Lunatic asylums Bombay report 1878-1890 - 1878-1890
Year: 1878
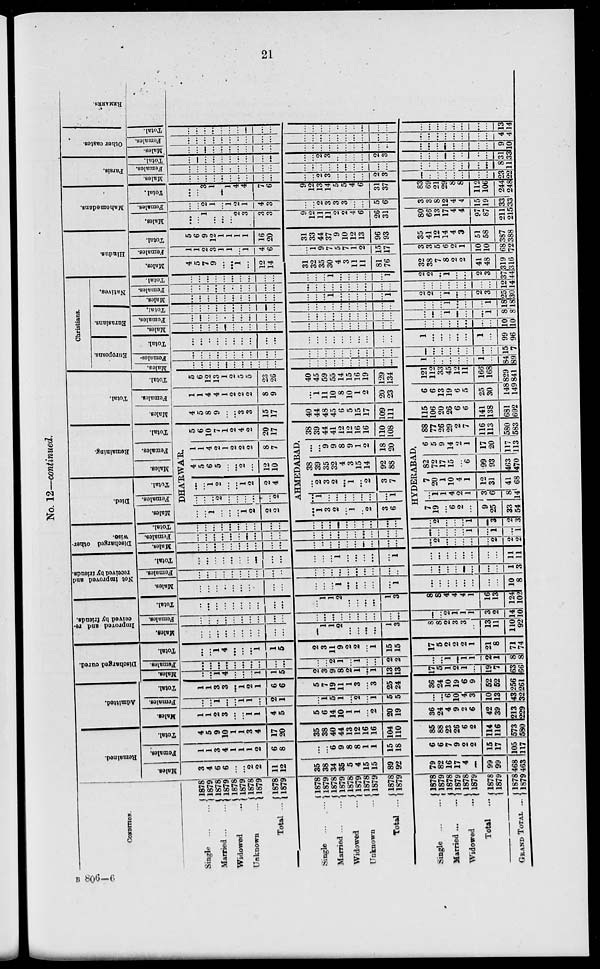
21
No. 12—continued.
CONDITION.
Single
...
...
Married
...
...
Widowed ...
Unknown ...
Total ..
Single ... ...
Married
...
...
Widowed ...
Unknown ...
Total ...
Single
...
...
Married ... ...
Widowed ...
Total ...
GRAND TOTAL ...
1878
1879
1878
1879
1878
1879
1878
1879
1878
1879
1878
1879
1878
1879
1878
1879
1878
1879
1878
1879
1878
1879
1878
1879
1878
1879
1878
1879
1878
1879
Remained.
Males.
3
4
6
6
...
...
2
2
11
12
35
38
34
35
5
4
15
15
89
92
79
82
16
17
4
...
99
99
468
463
Females.
1
1
3
4
1
1
1
2
6
8
...
...
6
9
8
8
1
1
15
18
6
6
7
9
2
2
15
17
105
117
Total.
4
5
9
10
1
1
3
4
17
20
35
38
40
44
13
12
16
16
104
110
85
88
23
26
6
2
114
116
573
580
Admitted.
Males.
1
1
2
3
...
...
1
1
4
5
5
6
14
10
1
1
...
2
20
19
36
24
4
9
2
6
42
39
213
229
Females.
...
...
1
...
...
1
1
...
2
1
...
1
5
1
...
2
...
1
5
5
...
...
6
10
4
3
10
13
43
32
Total.
1
1
3
3
...
1
2
1
6
6
5
7
19
11
1
3
...
3
25
24
36
24
10
19
6
9
52
52
256
261
Discharged cured.
Males.
...
...
1
4
...
...
...
1
1
5
2
3
9
8
2
1
...
1
13
13
17
5
1
2
1
...
19
7
63
66
Females.
...
...
...
...
...
...
...
...
...
...
...
...
2
1
...
1
...
...
2
2
...
...
1
...
1
1
2
1
8
8
Total.
...
...
1
4
...
...
...
1
1
5
2
3
11
9
2
2
...
1
15
15
17
5
2
2
2
1
21
8
71
74
Improved and re-
ceived by friends.
Males.
...
...
...
...
...
...
...
...
...
...
...
1
1
2
...
...
...
...
1
3
8
8
2
3
3
...
13
11
110
92
Females.
...
...
...
...
...
...
...
...
...
...
...
...
...
...
...
...
...
...
...
...
...
...
2
1
1
1
3
2
14
10
Total.
...
...
...
...
...
...
...
...
...
...
...
1
1
2
...
...
...
...
1
3
8
8
4
4
4
1
16
13
124
102
Not Improved and
received by friends
Males.
...
...
...
..
...
...
...
...
...
...
...
...
...
1
...
...
...
...
...
1
...
...
...
...
...
...
...
...
10
8
Females.
...
...
...
...
...
...
...
...
...
...
...
...
...
...
...
...
...
...
...
...
...
...
...
...
...
...
...
...
1
3
Total.
...
...
...
...
...
...
...
...
...
...
...
...
...
1
...
...
...
...
...
1
...
...
...
...
...
...
...
...
11
11
Discharged other-
wise.
Males.
...
...
...
...
...
...
...
...
...
...
...
...
...
...
...
...
...
...
...
...
...
2
...
...
...
...
...
2
2
2
Females.
...
...
...
...
...
...
...
...
...
...
...
...
...
...
...
...
...
...
...
...
...
...
...
...
...
1
...
1
...
1
Total.
...
...
...
...
...
...
...
...
...
...
...
...
...
...
...
...
...
...
...
...
...
2
...
...
...
1
...
3
2
3
Died.
Males.
...
...
1
...
...
...
1
2
2
2
Females.
Total.
Remaining.
Males.
Females.
DHA'RWA'R.
...
...
...
2
...
...
...
...
...
2
...
...
1
2
...
...
1
2
2
4
4
5
6
5
...
...
2
...
12
10
1
1
4
2
1
2
2
2
8
7
Total.
5
6
10
7
1
2
4
2
20
17
AHMEDABAD.
...
1
3
2
...
1
...
2
3
6
...
1
...
...
...
...
...
...
...
1
...
2
3
2
...
1
...
2
3
7
38
39
35
32
4
3
15
14
92
88
...
...
9
9
8
9
1
2
18
20
38
39
44
41
12
12
16
16
110
108
HYDERABAD.
7
19
...
6
2
...
9
25
33
54
...
1
1
4
2
1
3
6
8
14
7
20
1
10
4
1
12
31
41
68
82
72
17
15
...
6
99
93
463
470
6
5
9
14
2
1
17
20
117
113
88
77
26
29
2
7
116
113
580
583
Total.
Males.
4
5
8
9
...
...
3
3
15
17
40
44
48
45
6
5
15
17
109
111
115
106
20
26
6
6
141
138
681
692
Females.
1
1
4
4
1
2
2
2
8
9
...
1
11
10
8
10
1
2
20
23
6
6
13
19
6
5
25
30
148
149
Total.
5
6
12
13
1
2
5
5
23
26
40
45
59
55
14
15
16
19
129
134
121
112
33
45
12
11
166
168
829
841
Christians.
Europeans.
Males.
...
...
...
...
...
...
...
...
...
...
...
...
...
...
...
...
...
...
...
...
1
...
...
...
...
...
1
...
84
89
Females.
...
...
...
...
...
...
...
...
...
...
...
...
...
...
...
...
...
...
...
...
...
...
...
...
...
...
...
...
15
7
Total.
...
...
...
...
...
...
...
...
...
...
...
...
...
...
...
...
...
...
...
...
1
...
...
...
...
...
1
...
99
96
Eurasians.
Males.
...
...
...
...
...
...
...
...
...
...
...
...
...
...
...
...
...
...
...
...
...
...
...
...
...
...
...
...
10
10
Females.
...
...
...
...
...
...
...
...
...
...
...
...
...
...
...
...
...
...
...
...
...
...
...
1
...
...
...
1
8
8
Total.
...
...
...
...
...
...
...
...
...
...
...
...
..
...
...
...
...
...
...
...
...
...
...
1
...
...
...
1
18
11
Natives.
Males.
...
...
...
...
...
...
...
...
...
...
...
...
...
1
...
...
...
...
...
1
2
2
...
1
...
...
2
3
25
30
Females.
...
..
...
...
...
...
...
...
...
...
...
...
...
...
...
...
...
...
...
...
...
...
...
...
...
...
...
...
12
14
Total.
...
...
...
...
...
...
...
...
...
...
...
...
...
1
...
...
...
...
...
1
2
2
...
1
...
...
2
3
37
44
Hindus.
Males.
4
5
7
9
...
...
1
...
12
14
31
32
35
30
4
3
11
11
81
76
32
38
7
8
2
2
41
48
319
316
Females.
1
1
2
3
1
1
...
1
4
6
...
1
9
7
5
7
1
2
15
17
3
3
5
6
2
1
10
10
68
72
Total.
5
6
9
12
1
1
1
1
16
20
31
33
44
37
9
10
12
13
96
93
35
41
12
14
4
3
51
58
387
388
Mahomedans.
Males.
...
...
1
...
...
...
2
3
3
3
9
12
11
11
2
2
4
6
26
31
80
66
13
17
4
4
97
87
211
215
Females.
...
...
2
1
...
1
...
1
4
3
...
...
2
3
3
3
...
...
5
6
3
3
8
12
4
4
15
19
33
33
Total.
...
...
3 1
1
...
4
4
7
6
9
12
13
14
5
5
4
6
31
37
83
69
21
29
8
8
112
106
244
248
Parsis.
Males.
...
...
...
...
...
...
...
...
...
...
...
...
2
3
...
...
...
...
2
3
...
...
...
...
...
...
...
...
23
22
Females.
...
...
...
...
...
...
...
...
...
...
...
...
...
...
...
...
...
...
...
...
...
...
...
...
...
...
...
...
8
11
Total.
...
...
...
...
...
...
...
...
...
...
...
...
2
3
...
...
...
...
2
3
...
...
...
...
...
...
...
...
31
33
Other castes.
Males.
...
...
...
...
...
...
...
...
...
...
...
...
...
...
...
...
...
...
...
...
...
...
...
...
...
...
...
...
9
10
Females..
...
...
...
...
...
...
...
...
...
...
...
...
...
...
...
...
...
...
...
...
...
...
...
...
...
...
...
...
4
4
Total.
...
...
...
...
...
...
...
...
...
...
...
...
...
...
...
...
...
...
...
...
...
...
...
...
...
...
...
...
13
14
REMARKS.
B 806—6